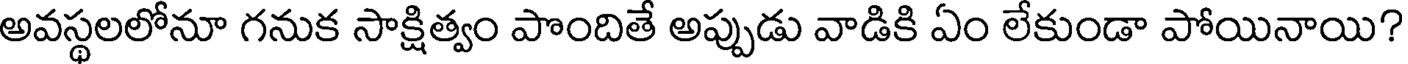
అవస్థలలోనూ గనుక సాక్షిత్వం పొందితే అప్పుడు వాడికి ఏం లేకుండా పోయినాయి?